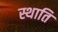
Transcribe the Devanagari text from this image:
स्थाति